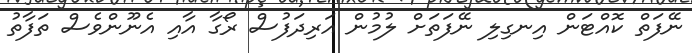
ނޭފަތް ކޮއްޓަން އިނގިލި ނޭފަތަށް ލުމުން އަރިދަފުސް ރޯގާ އާއި އެނޫންވެސް ތަފާތު